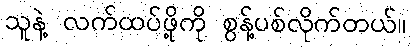
သူနဲ့ လက်ထပ်ဖို့ကို စွန့်ပစ်လိုက်တယ်။